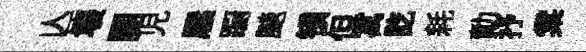
亾壞闋児屧蹰颷镇但寓訖耗勣抒棠